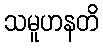
သမူဟနတိ